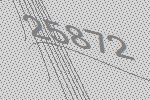
25872